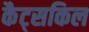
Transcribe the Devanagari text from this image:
कैट्सकिल